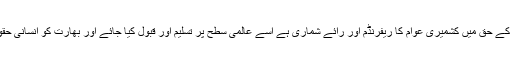
یہ بھارت کے خلاف اور آزادی کے حق میں کشمیری عوام کا ریفرنڈم اور رائے شماری ہے اسے عالمی سطح پر تسلیم اور قبول کیا جائے اور بھارت کو انسانی حقوق کی پامالی سے روکا جائے ۔